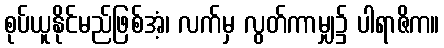
စုပ်ယူနိုင်မည်ဖြစ်အံ့၊ လက်မှ လွတ်ကာမျှ၌ ပါရာဇိက။